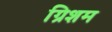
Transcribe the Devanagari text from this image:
ग्रिशम